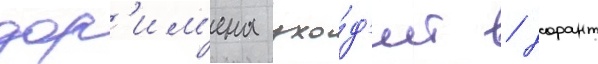
дор'им'ена ухо́д'ит / дорант